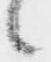
候